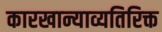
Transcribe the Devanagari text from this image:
कारखान्याव्यतिरिक्त